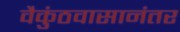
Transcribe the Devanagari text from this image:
वैकुंठवासानंतर